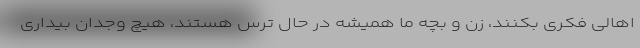
اهالی فکری بکنند، زن و بچه ما همیشه در حال ترس هستند، هیچ وجدان بیداری